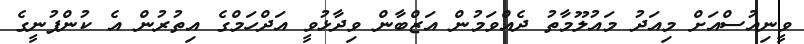
ވީނިއުސްއަށް މިއަދު މައުލޫމާތު ދެއްވަމުން އަޒްބާން ވިދާޅުވީ އަދްހަމްގެ އިތުރުން އެ ކުންފުނީގެ